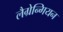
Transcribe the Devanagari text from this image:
लैग्रेन्गियन